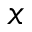
x